Insane asylums in Bengal annual reports 1867-1875 - 1867-1875
Year: 1867
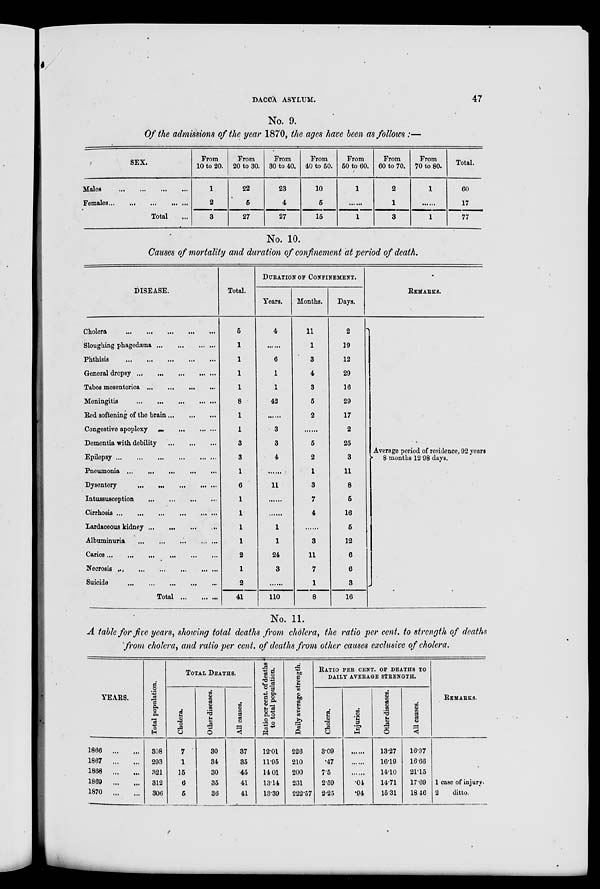
DACCA ASYLUM.
47
No. 9.
Of the admissions of the year 1870, the ages have been as follows :—
SEX.
Males ... ... ... ... ...
Females ... ... ... ...
Total ...
From
10 to 20.
1
2
3
From
20 to 30.
22
5
27
From
30 to 40.
23
4
27
From
40 to 50.
10
5
15
From
50 to 60.
1
.......
1
From
60 to 70.
2
1
3
From
70 to 80.
1
......
1
Total.
60
17
77
No. 10.
Causes of mortality and duration of confinement at period of death.
DISEASE.
Cholera
...
...
...
...
...
Sloughing phagedæna ... ... ... ...
Phthisis
...
...
...
...
...
...
General dropsy
...
...
...
...
Tabes mesenterica
...
...
...
...
Meningitis
...
...
...
...
Bed softening of the brain
...
...
...
Congestive apoplexy
...
...
...
Dementia with debility
...
...
...
Epilepsy
...
...
...
...
...
Pneumonia
...
...
...
...
...
Dysentery
...
...
...
...
...
Intussusception
...
...
...
...
Cirrhosis
...
...
...
...
...
Lardaceous kidney
...
...
...
...
Albuminuria
...
...
...
...
Caries
...
...
...
...
...
Necrosis
...
...
...
...
...
Suicide
...
...
...
...
...
Total ... ... ...
Total.
5
1
1
1
1
8
1
1
3
3
1
6
1
1
1
1
2
1
2
41
DURATION OF CONFINEMENT.
Years.
4
......
6
1
1
42
......
3
3
4
......
11
......
......
1
1
24
3
......
110
Months.
11
1
3
4
3
5
2
......
5
2
1
3
7
4
......
3
11
7
1
8
Days.
2
19
12
29
16
29
17
2
25
3
11
8
5
16
5
12
6
6
3
16
REMARKS.
Average period of residence, 92 years
8 months 12.98 days.
No. 11.
A table for five years, showing total deaths from cholera, the ratio per cent. to strength of deaths
from cholera, and ratio per cent. of deaths from other causes exclusive of cholera.
YEARS.
1866 ... ...
1867
...
...
1868
...
...
1869
...
...
1870
...
...
Total population.
308
293
321
312
306
TOTAL DEATHS.
Cholera.
7
1
15
6
5
Other diseases.
30
34
30
35
36
All causes.
37
35
45
41
41
Retio per cent. of deaths
to total population.
12.01
11.95
14 .01
13.14
13.39
Daily average strenght.
226
210
200
231
222.57
RATIO PER CENT. OF DEATHS TO
DAILY AVERAGE STRENGHT.
Cholera.
3.09
.47
7.5
2.59
2.25
Injuries.
......
......
......
.04
.94
Other diseases.
13.27
16.19
14.10
14.71
15.31
All causes.
16.37
16.66
21.15
17.69
18.46
REMARKS.
1 case of injury.
2
ditto.